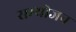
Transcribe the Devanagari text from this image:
सम्योजन